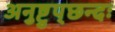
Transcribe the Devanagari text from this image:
अनुष्टुप्‌छन्दः